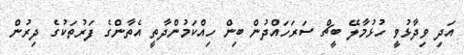
އަދި ވިދާޅުވީ ހުޅުމާލޭ ބީޗް ސަރަހައްދުން ބިން ހިއްކަމުންދާތީ އެތާންގެ ފަރުތަކުގެ ދިރުން